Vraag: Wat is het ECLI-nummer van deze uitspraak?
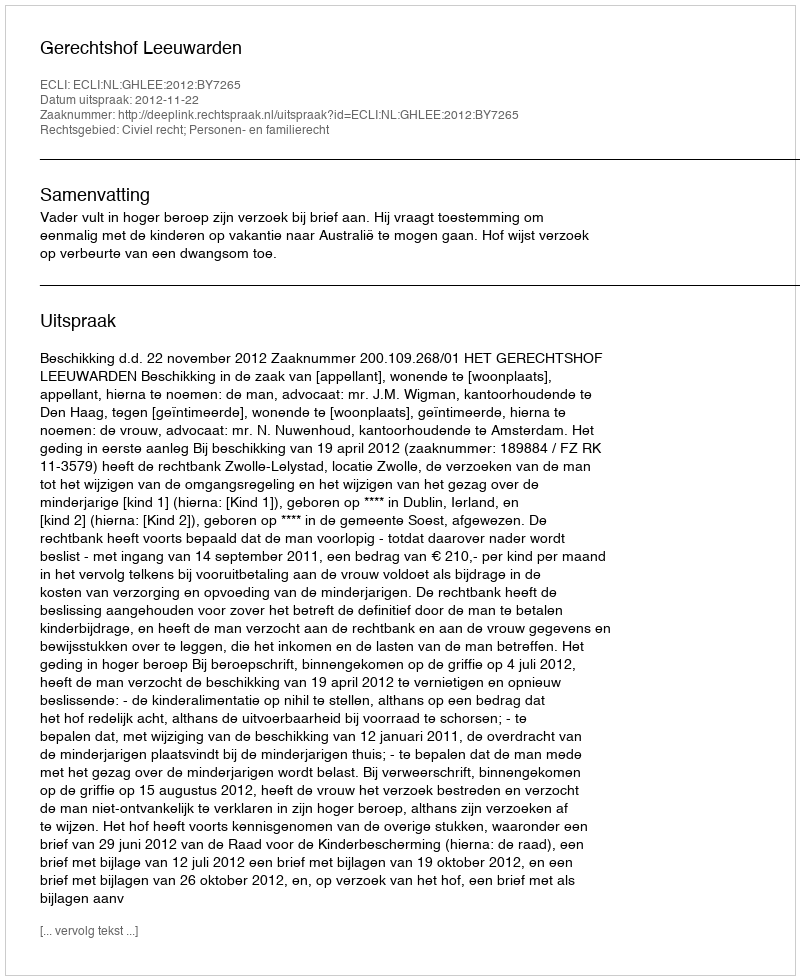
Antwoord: ECLI:NL:GHLEE:2012:BY7265